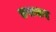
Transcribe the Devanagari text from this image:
सप्तच्छद